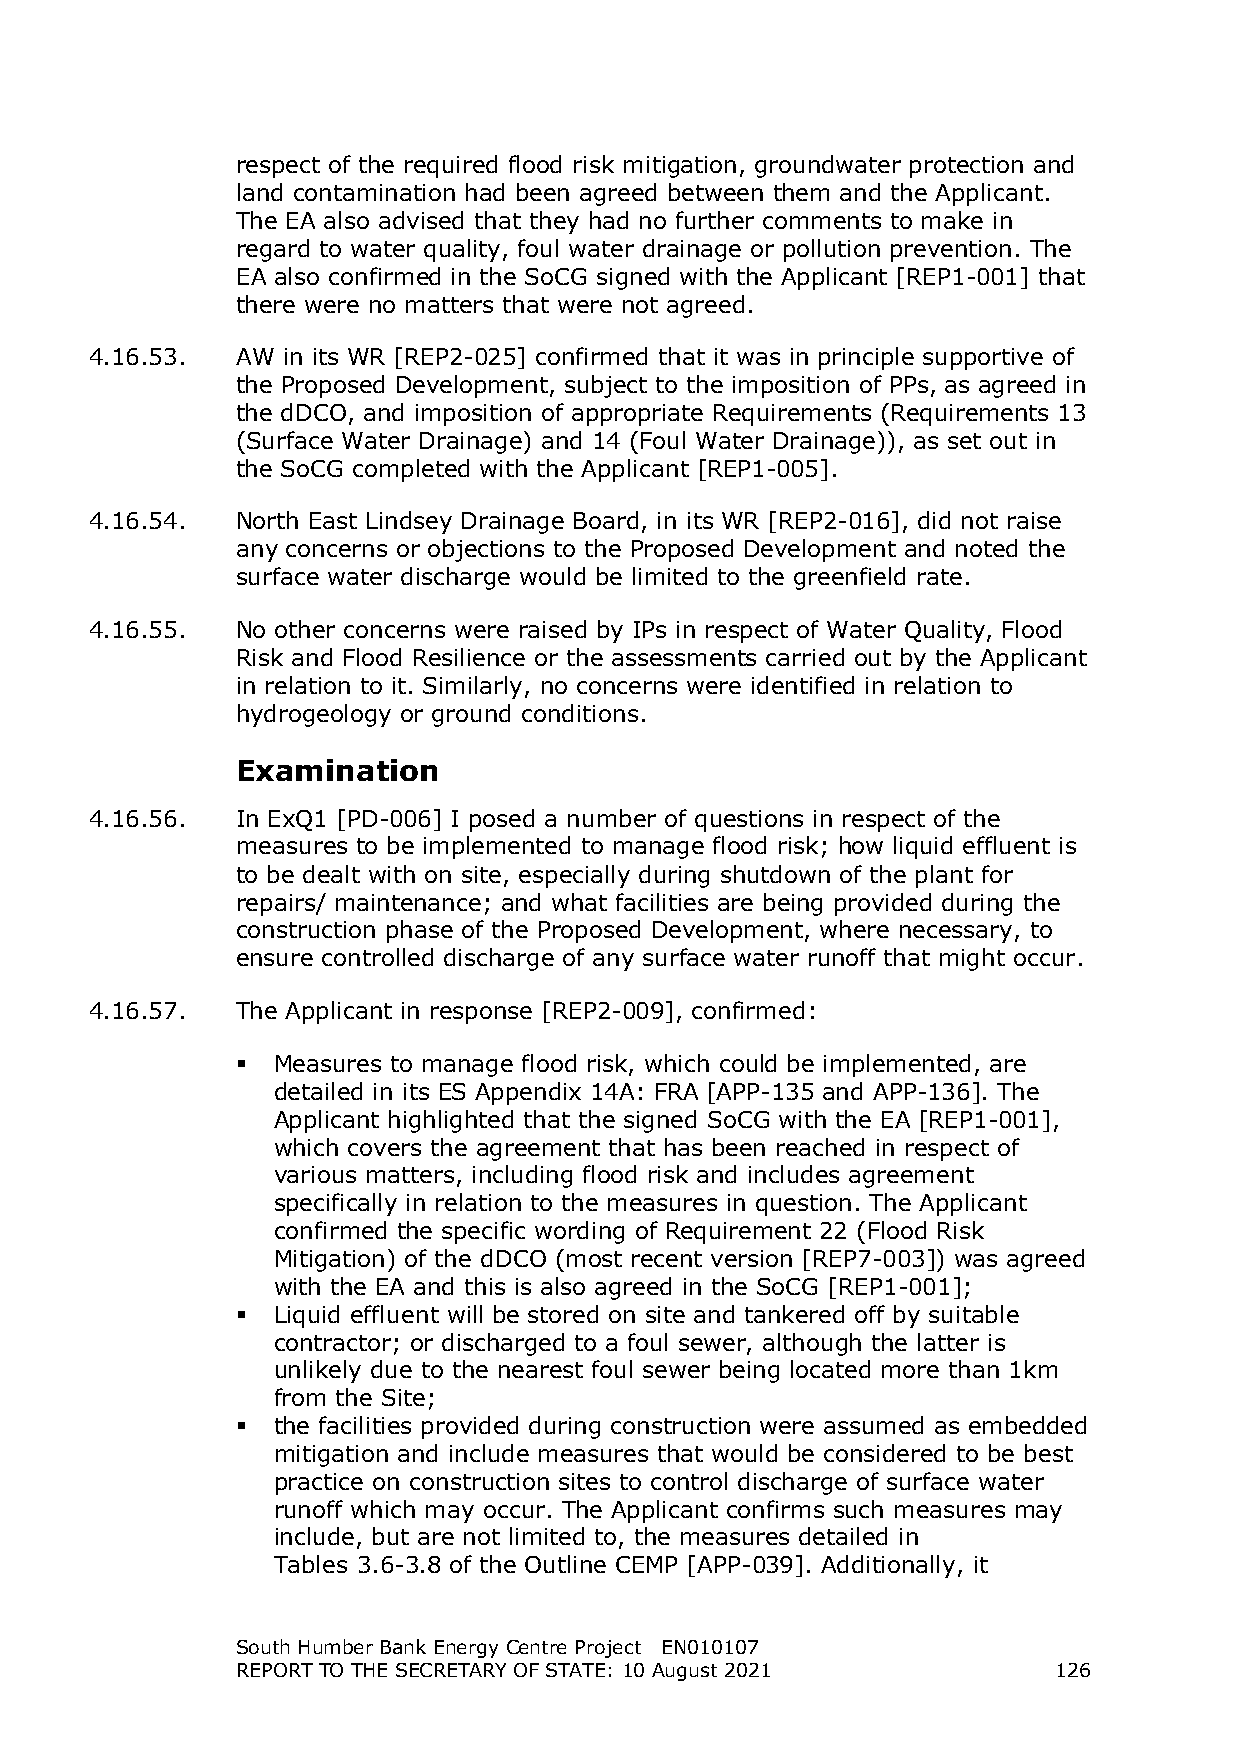
respect of the required flood risk mitigation, groundwater protection and
 land contamination had been agreed between them and the Applicant.
 The EA also advised that they had no further comments to make in
 regard to water quality, foul water drainage or pollution prevention. The
 EA also confirmed in the SoCG signed with the Applicant [REP1-001] that
 there were no matters that were not agreed.
 4.16.53.  AW in its WR [REP2-025] confirmed that it was in principle supportive of
 the Proposed Development, subject to the imposition of PPs, as agreed in
 the dDCO, and imposition of appropriate Requirements (Requirements 13
 (Surface Water Drainage) and 14 (Foul Water Drainage)), as set out in
 the SoCG completed with the Applicant [REP1-005].
 4.16.54.  North East Lindsey Drainage Board, in its WR [REP2-016], did not raise
 any concerns or objections to the Proposed Development and noted the
 surface water discharge would be limited to the greenfield rate.
 4.16.55.  No other concerns were raised by IPs in respect of Water Quality, Flood
 Risk and Flood Resilience or the assessments carried out by the Applicant
 in relation to it. Similarly, no concerns were identified in relation to
 hydrogeology or ground conditions.
 Examination
 4.16.56.  In ExQ1 [PD-006] I posed a number of questions in respect of the
 measures to be implemented to manage flood risk; how liquid effluent is
 to be dealt with on site, especially during shutdown of the plant for
 repairs/ maintenance; and what facilities are being provided during the
 construction phase of the Proposed Development, where necessary, to
 ensure controlled discharge of any surface water runoff that might occur.
 4.16.57.  The Applicant in response [REP2-009], confirmed:
  Measures to manage flood risk, which could be implemented, are
 detailed in its ES Appendix 14A: FRA [APP-135 and APP-136]. The
 Applicant highlighted that the signed SoCG with the EA [REP1-001],
 which covers the agreement that has been reached in respect of
 various matters, including flood risk and includes agreement
 specifically in relation to the measures in question. The Applicant
 confirmed the specific wording of Requirement 22 (Flood Risk
 Mitigation) of the dDCO (most recent version [REP7-003]) was agreed
 with the EA and this is also agreed in the SoCG [REP1-001];
  Liquid effluent will be stored on site and tankered off by suitable
 contractor; or discharged to a foul sewer, although the latter is
 unlikely due to the nearest foul sewer being located more than 1km
 from the Site;
  the facilities provided during construction were assumed as embedded
 mitigation and include measures that would be considered to be best
 practice on construction sites to control discharge of surface water
 runoff which may occur. The Applicant confirms such measures may
 include, but are not limited to, the measures detailed in
 Tables 3.6-3.8 of the Outline CEMP [APP-039]. Additionally, it
 South Humber Bank Energy Centre Project EN010107
 REPORT TO THE SECRETARY OF STATE: 10 August 2021      126